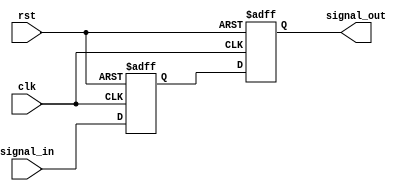
module Delay #(parameter DELAY_TIME = 10) (
    input wire clk,               // Clock signal for synchronization
    input wire rst,               // Reset signal
    input wire signal_in,         // Input signal to be delayed
    output reg signal_out         // Output signal reflecting the delayed input
);

    // Internal signal to hold the delayed value
    reg signal_in_delayed;

    // Process to handle the delay
    always @(posedge clk or posedge rst) begin
        if (rst) begin
            signal_out <= 1'b0;    // Reset output signal
            signal_in_delayed <= 1'b0; // Reset delayed input signal
        end else begin
            // Update delayed signal after the specified delay time
            signal_in_delayed <= signal_in;
            #DELAY_TIME signal_out <= signal_in_delayed;
        end
    end

endmodule